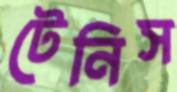
টেনিস